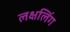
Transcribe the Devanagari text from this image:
लक्षलिंग